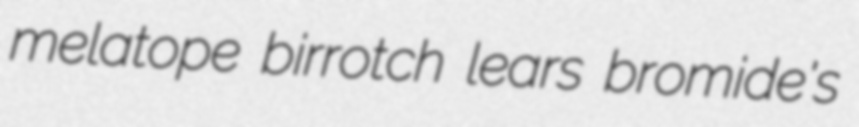
melatope birrotch lears bromide's